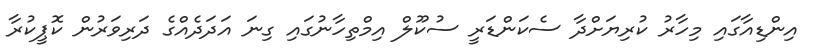
އިންޑިއާގައި މިހާރު ކުރިޔަށްދާ ސެކަންޑަރީ ސުކޫލް އިމްތިހާނުގައި ގިނަ އަދަދެއްގެ ދަރިވަރުން ކޮޕީކުރާ